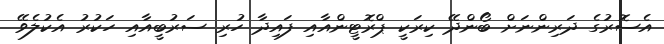
އެސޮރުގެ ދަރިންނަށް ބޯންދޭ ކިރަކީ ޕްރޮޓީންއާއި ފައިދާ ހުރި ސަރުބީއާއި ހަކުރު އެކުލެވޭ